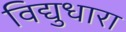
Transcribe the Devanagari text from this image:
विद्युधारा